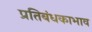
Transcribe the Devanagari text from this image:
प्रतिबंधकाभाव